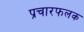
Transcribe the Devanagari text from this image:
प्रचारफलक